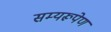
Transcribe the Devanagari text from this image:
सम्यरूपेण